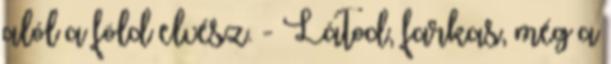
alól a föld elvész. - Látod, farkas, még a